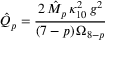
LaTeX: \hat { Q } _ { p } = \frac { 2 \, \hat { M } _ { p } \, \kappa _ { 1 0 } ^ { 2 } \, g ^ { 2 } } { ( 7 - p ) \, \Omega _ { 8 - p } }